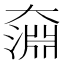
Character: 奫